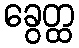
ခွေတ္ထ